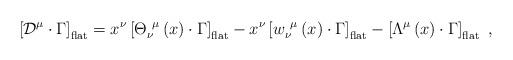
LaTeX: \begin{align*}\left[ {\cal D}^\mu \cdot \Gamma \right] _{{\rm flat}}=x^\nu \left[ {\Theta}_\nu ^{~\mu }\left( x\right) \cdot \Gamma \right] _{{\rm flat}}-x^\nu \left[w_\nu ^{~\mu}\left( x\right) \cdot \Gamma \right] _{{\rm flat}}-\left[\Lambda^{\mu }\left( x\right) \cdot \Gamma \right] _{{\rm flat}}\,\,,\end{align*}